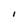
Character: I